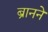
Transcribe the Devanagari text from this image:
ब्रानने